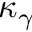
\kappa _ { \gamma }